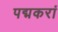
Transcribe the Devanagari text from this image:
पद्मकरां